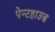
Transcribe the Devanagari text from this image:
पेन्टहाउज़